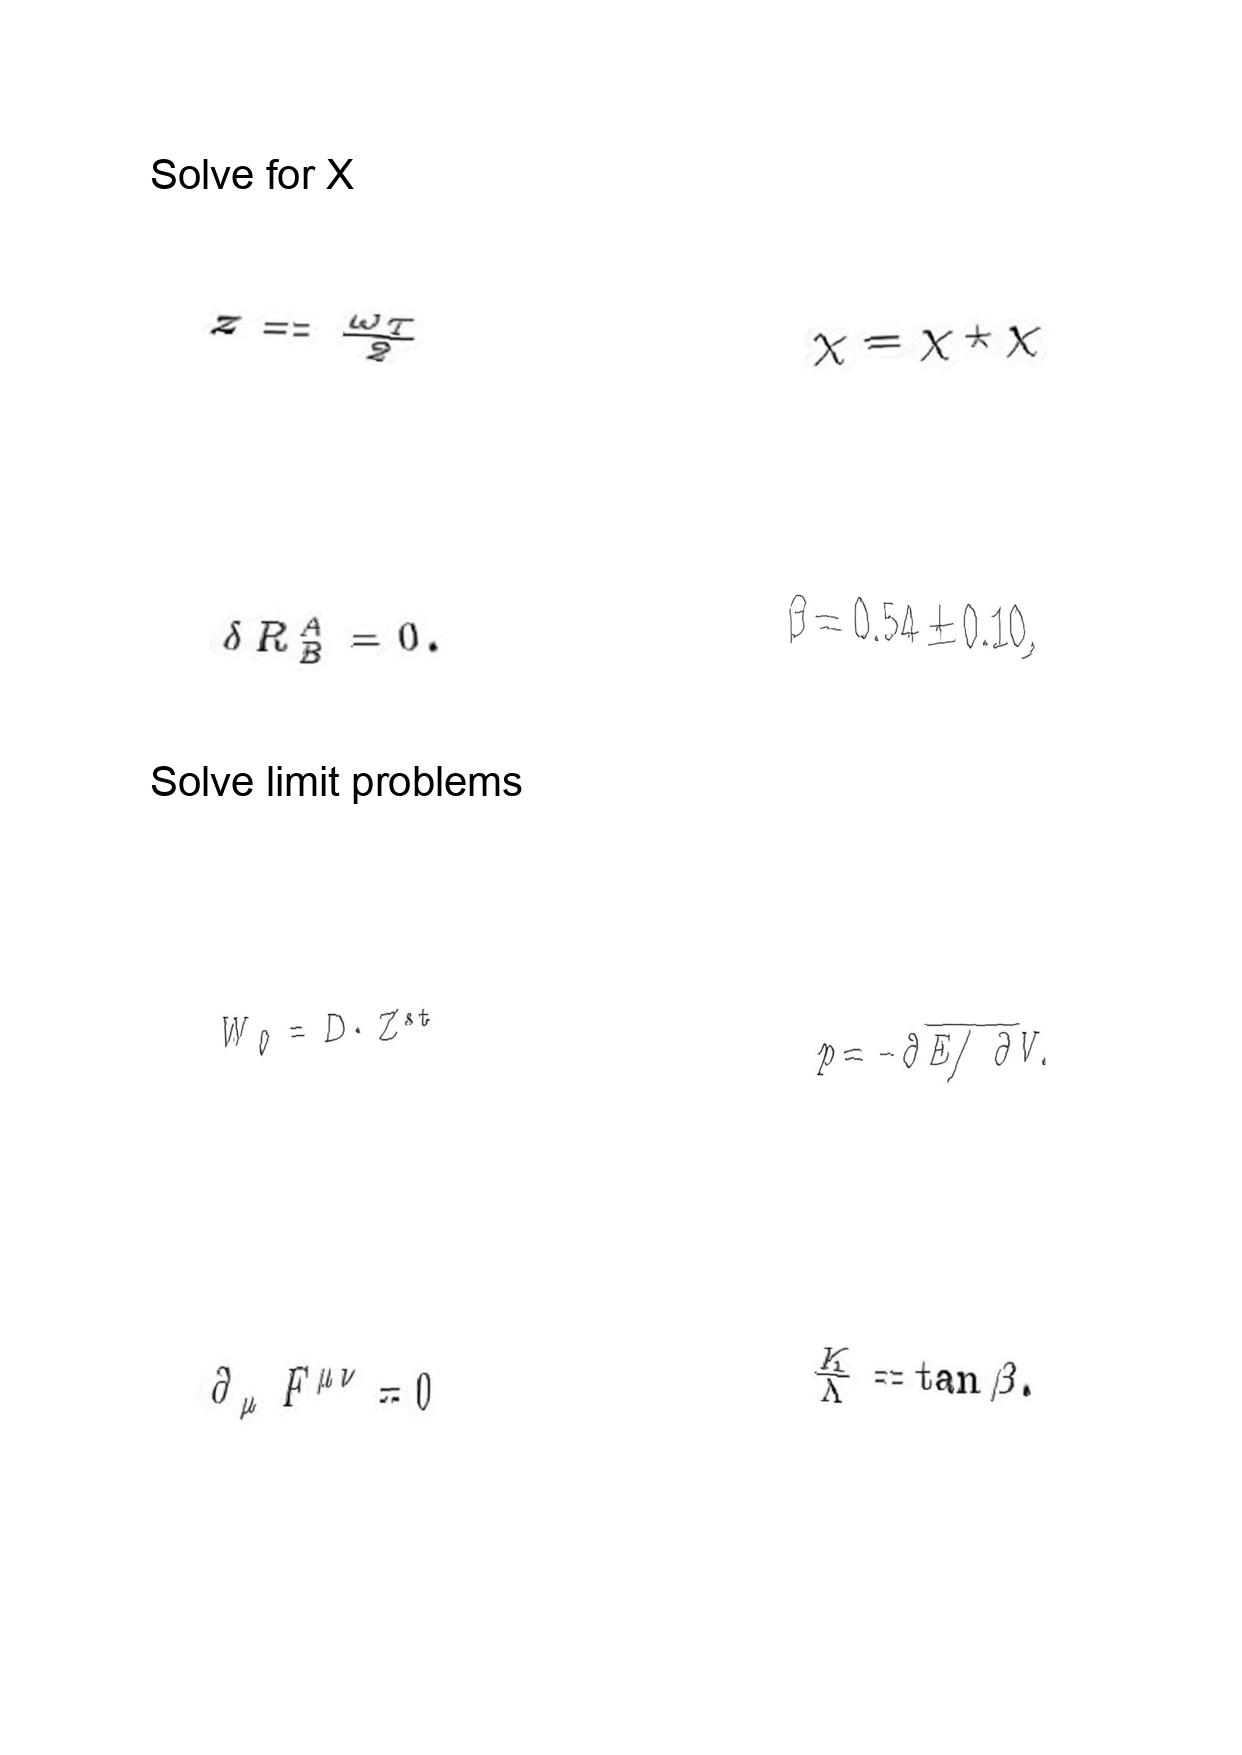
LaTeX transcription:
z = \frac { \omega \tau } { 2 }
\delta R _ { B } ^ { A } = 0 .
W _ { 0 } = D \cdot Z ^ { s t }
\partial _ { \mu } F ^ { \mu \nu } = 0
\chi = \chi \star \chi
\beta = 0 . 5 4 \pm 0 . 1 0 ,
p = - \partial \overline { E / \partial V . }
\frac { K } { \Lambda } = \tan \beta .